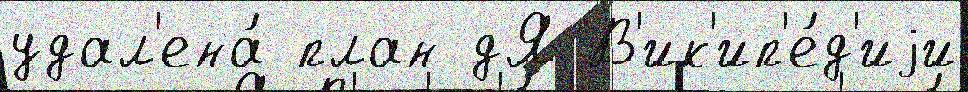
удал'ена́ план дЯ В'ик'ип'е́д'иjи